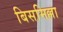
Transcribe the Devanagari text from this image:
बिसमिल्ला